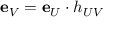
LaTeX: { \mathbf { e } } _ { V } = { \mathbf { e } } _ { U } \cdot h _ { U V }